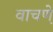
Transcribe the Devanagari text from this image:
वाचणे़